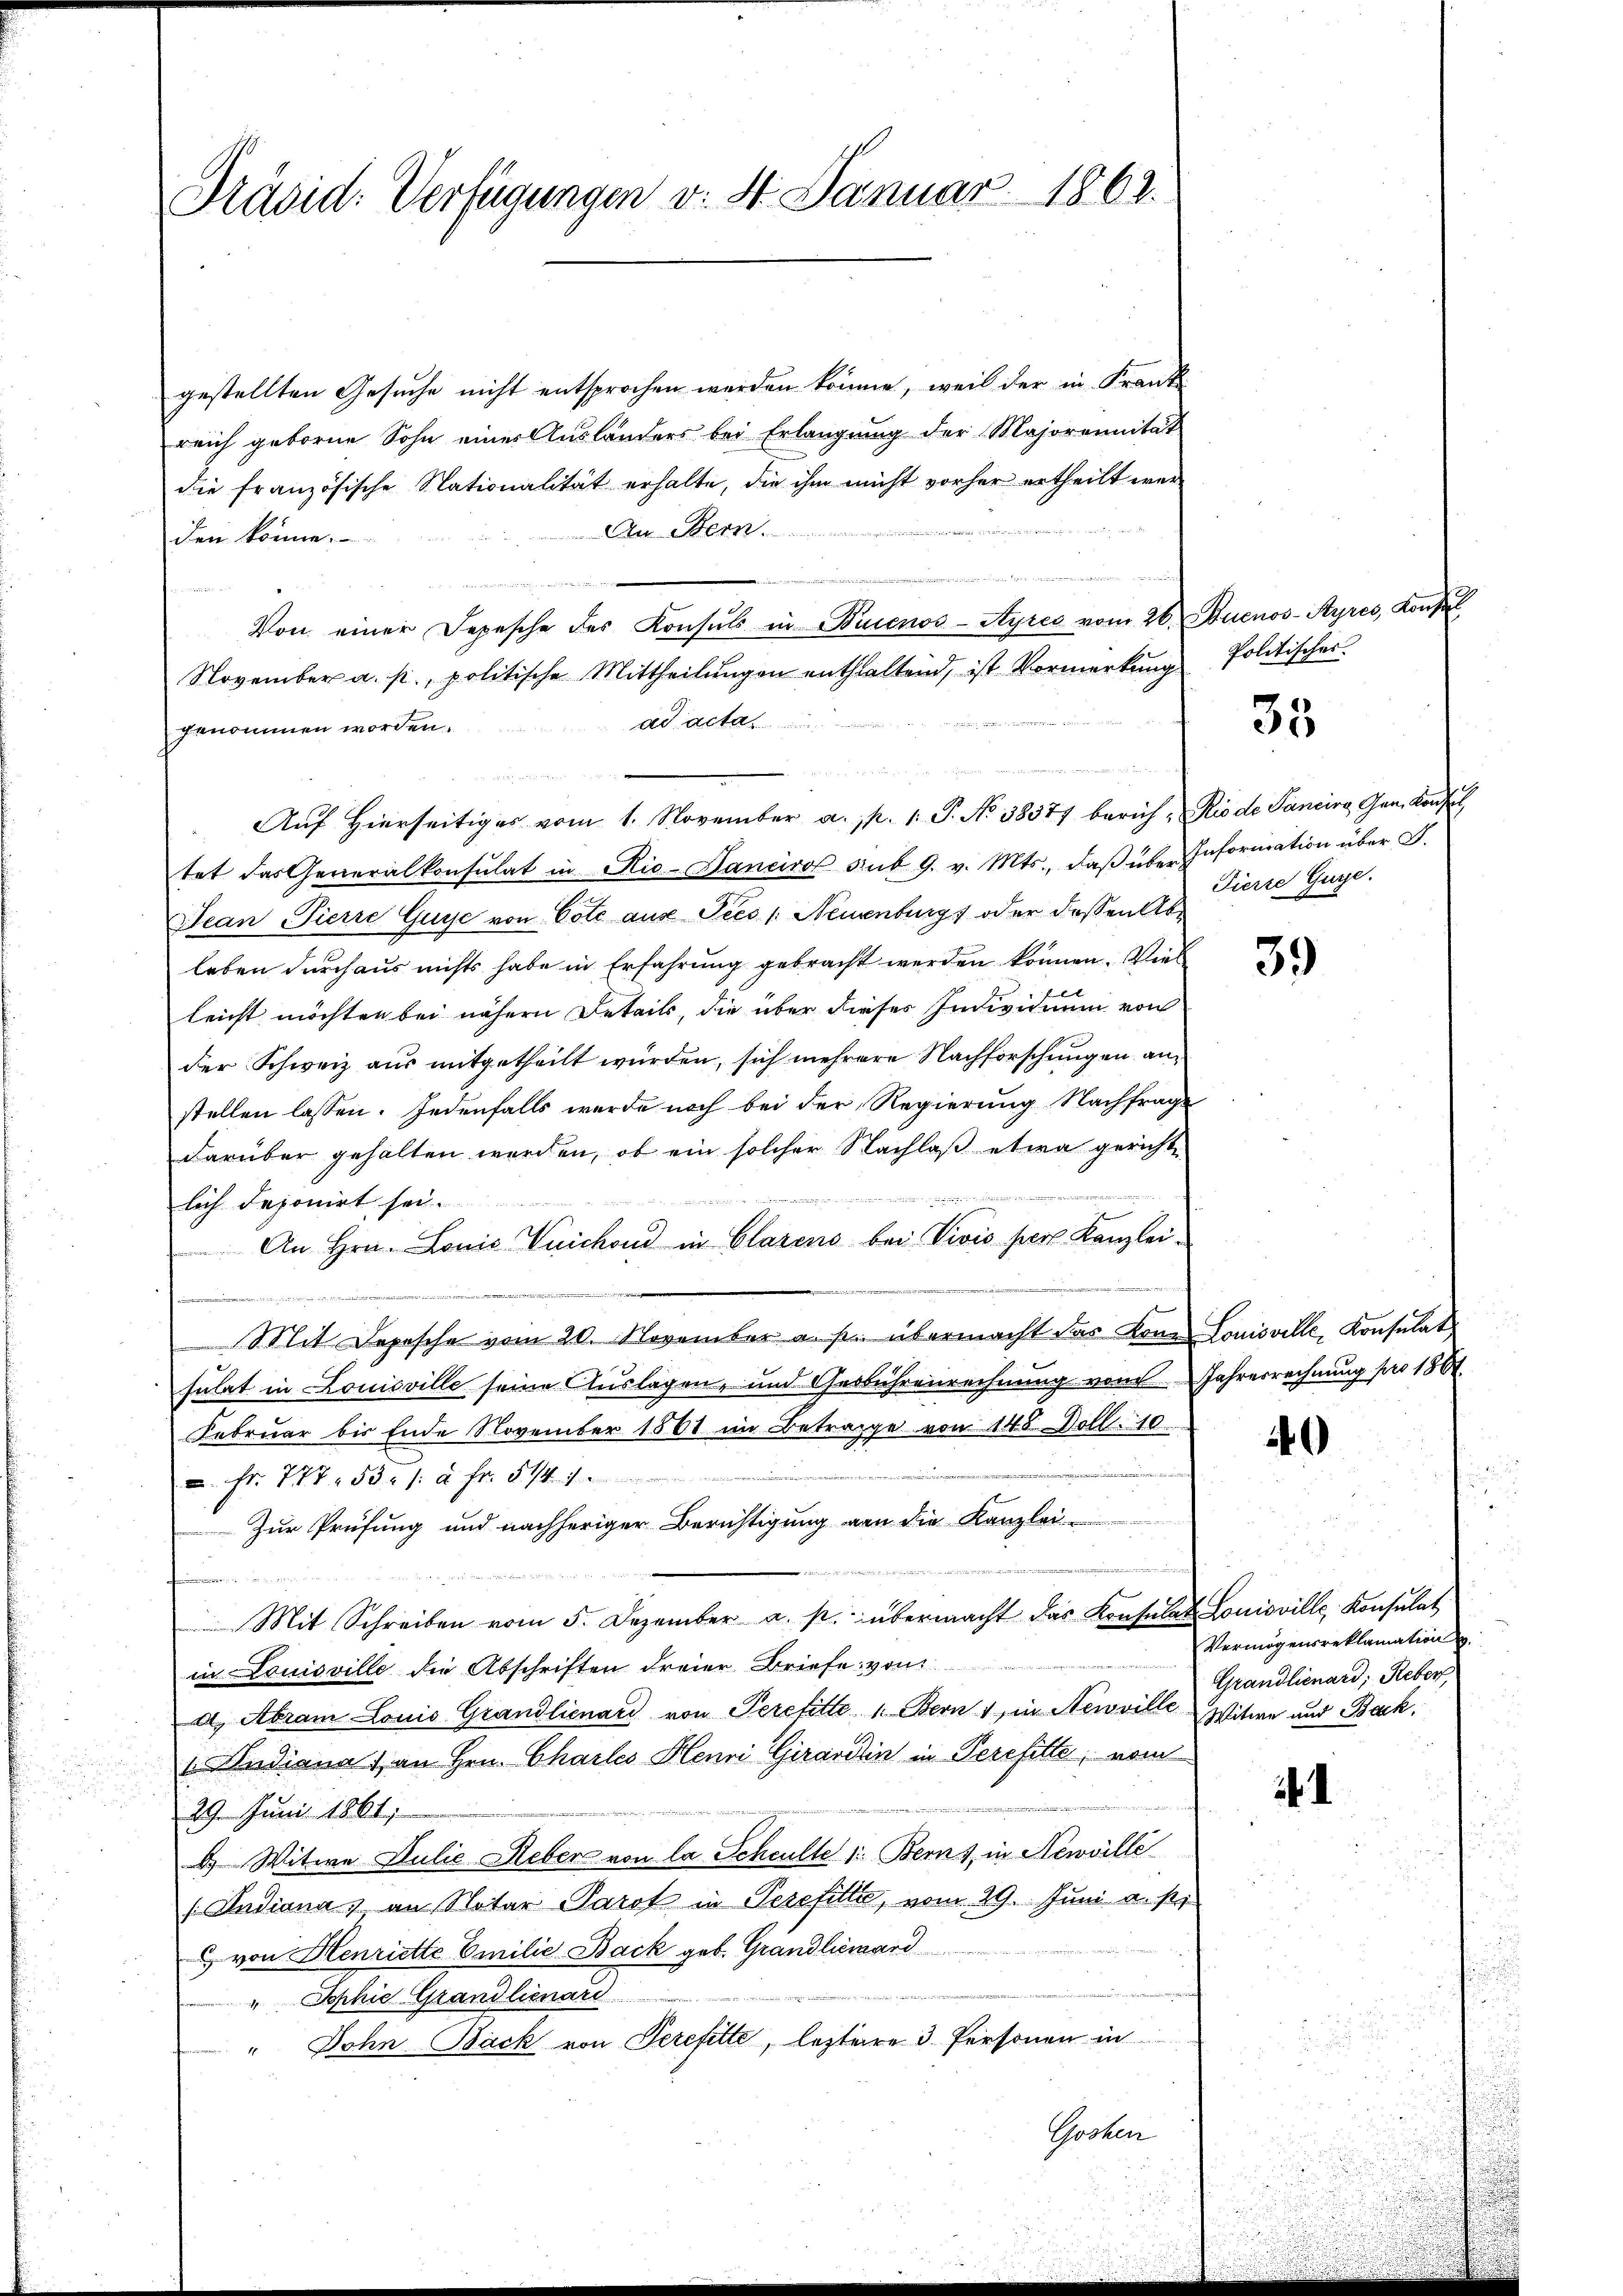
Präsid. Verfügungen v. St. Januar 1863.

gestellten Gesuche nicht entsprochen werden könne, weil der in Frank
reich geborne Sohn einer Ausländers bei Erlangung der Majorennität
die französische Nationalität erhalte, die ihm nicht vorher ertheilt wer¬
An Bern.
den könne.
u
Von einer Depesche des Konsuls in Buenos-Ayres vom 26. Buenos-Ayres, Konfl
November a. p., politische Mittheilungen enthaltend, ist Vormerkung
ad acta
genommen worden.
Auf Hierseitiges vom 1. November a. p. 1. P. No 38371 berich, Rio de Sancira, Gen. Konseil
tet das Generalkonsulat in Rio- Daneiro sub 9. v. Mts., daβ über Information über G.
Jean Pierre Guyse von Cote aus Sees /: Neuenburg, oder dessen Ableben durchaus nichts habe in Erfahrung gebracht werden können. Viel
leicht möchten bei nähern Details, die über dieses Individuum von
der Schweiz aus mitgetheilt wurden, sich mehrere Nachforschungen anstellen lassen. Jedenfalls werde noch bei der Regierung Nachfrage
darüber gehalten werden, ob ein solcher Nachlaß etwa gerichte
lich deponirt sei.
An Hrn. Louis Vuichoud in Clarens bei Vivis per Kanzlei¬
Mit Depesche vom 20. November a. p. übermacht das Konsulat in Louisville seine Auslagen, und Gebührenrechnung von
Februar bis Ende November 1861 im Betrage von 1485 Doll. 10.
in
 Fr. 777. 53. /: à Fr. 5 1/4 1
Zur Prüfung und nachheriger Berichtigung von die Kanzlei
Mit Schreiben vom 5. Dezember a. p. übermacht das Konsulat Louisville Konsulat
in Louisville die Abschriften Freier Briefe von
a. Abram Louis Grandlienard von Perefitte 1. Bern, in Neuville
 Audiana an Hrn. Chartes Henri Girardin in Perefille, vom
29. Juni 1861;
2) Witwe Julie Ueber von la Scheulte 1: Berns in Newville
/ Indiana, an Notar Parot in Perefitti, vom 29. Juni a. p.
 von Henriette Emilie Back geb. Grandliemand
" Sophie Grand lienard
" Dohn Back von Perefitte, leztere 3 Personen in
Gochen

Politisches.

33

Fierze Gure.

39)

Louisville, Konsulat
Jahresrechnung pro 1864.

0

Vermögensreklamation
Grandlienard, Reben,
Witwe und Back

i